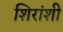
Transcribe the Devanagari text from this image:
शिरांशी